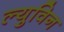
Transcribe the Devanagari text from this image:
ल्युविन